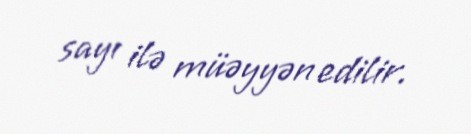
sayı ilə müəyyən edilir.